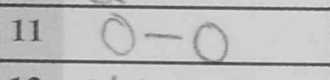
Transcription: O-O